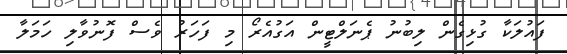
ފައުލަކާ ގުޅިގެން ލިބުނު ޕެނަލްޓީން އަގުއެރޯ މި ފަހަރު ވެސް ފޮނުވާލި ހަމަލާ